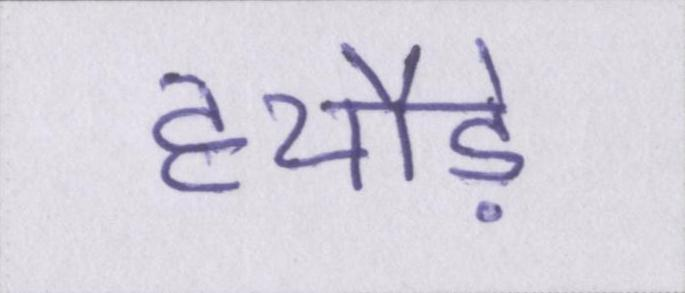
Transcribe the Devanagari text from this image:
हथौड़े